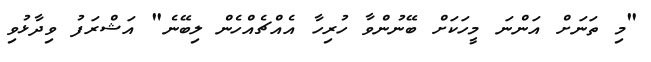
"މި ތަނަށް އަންނަ މީހަކަށް ބޭނުންވާ ހުރިހާ އެއްޗެއްހެން ލިބޭނެ" އަޝްރަފު ވިދާޅުވި